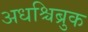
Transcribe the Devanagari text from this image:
अधश्चिब्रुक